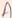
Text: A